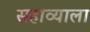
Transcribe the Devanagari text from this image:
सहाव्याला